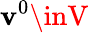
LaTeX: \mathbf{v}^{0}\inV